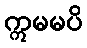
ဣမမပိ